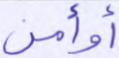
أوأمن